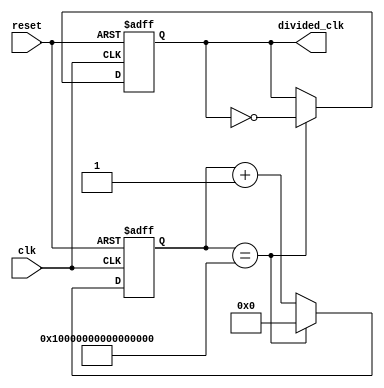
module fractional_clock_divider (
  input wire clk,
  input wire reset,
  output reg [63:0] divided_clk
);

reg [63:0] count;

always @(posedge clk or posedge reset) begin
  if (reset) begin
    count <= 64'h0;
    divided_clk <= 1'b0;
  end else begin
    if (count == (64'hFFFFFFFFFFFFFFFF)) begin
      count <= 64'h0;
      divided_clk <= ~divided_clk;
    end else begin
      count <= count + 1;
    end
  end
end

endmodule